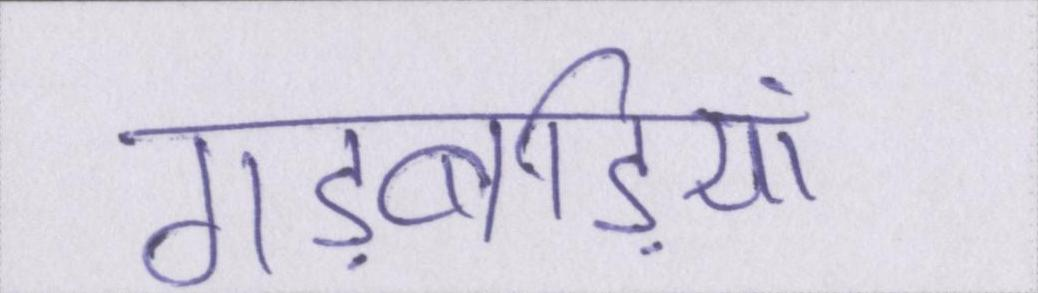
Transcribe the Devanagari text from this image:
गड़बड़ियां